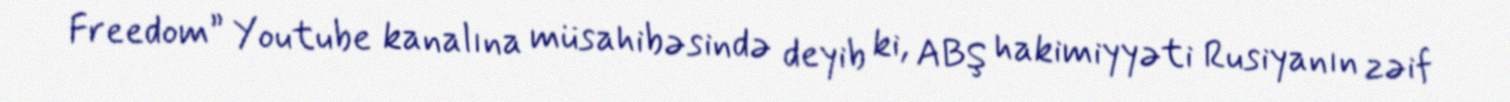
Freedom” Youtube kanalına müsahibəsində deyib ki, ABŞ hakimiyyəti Rusiyanın zəif